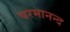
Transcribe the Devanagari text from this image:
चरमानन्द